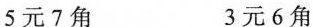
5元7角 3元6角